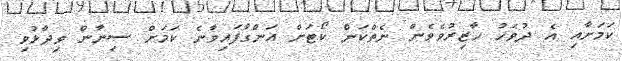
ކަމަށާއި އެ ދުވަހު ހާޒިރުވެވެން ނެތްކަން ކޯޓަށް އަންގާފައިވާނެ ކަމަށް ސިނާން ވިދާޅުވި